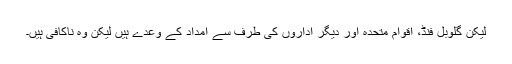
لیکن گلوبل فنڈ، اقوام متحدہ اور دیگر اداروں کی طرف سے امداد کے وعدے ہیں لیکن وہ ناکافی ہیں۔